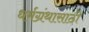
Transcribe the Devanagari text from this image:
धर्मग्रंथासाठी